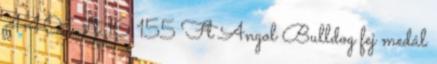
440 Ft 16 155 Ft Angol Bulldog fej medál